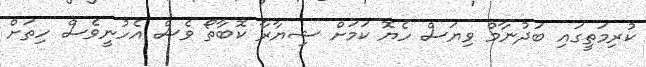
ކުރިމަތީގައި ބަދުނާމް ވިޔަސް ހެޔޮ ކަމަށް ޝިޔާރާ ކޮބާތޯ ވެސް އެހުނީވެސް ހިތަށް